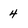
Character: 4